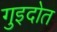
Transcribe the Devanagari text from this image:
गुइदोत